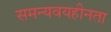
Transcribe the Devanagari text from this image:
समन्यवयहीनता